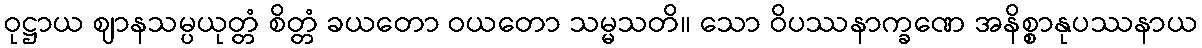
ဝုဋ္ဌာယ ဈာနသမ္ပယုတ္တံ စိတ္တံ ခယတော ဝယတော သမ္မသတိ။ သော ဝိပဿနာက္ခဏေ အနိစ္စာနုပဿနာယ